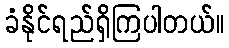
ခံနိုင်ရည်ရှိကြပါတယ်။